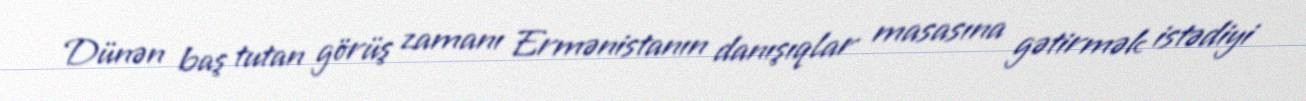
Dünən baş tutan görüş zamanı Ermənistanın danışıqlar masasına gətirmək istədiyi